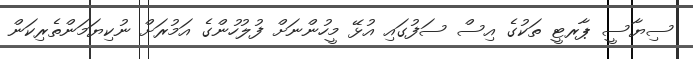
ސިޔާސީ ޕާރޓީ ތަކުގެ އިސް ސަފުގައި އުޅޭ މީހުންނަށް ފުލުހުންގެ އަމުރަށް ނުކިޔަމަންތެރިކަން